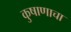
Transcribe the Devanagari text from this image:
कुषाणाचा